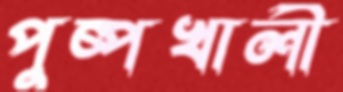
পুষ্পখালী